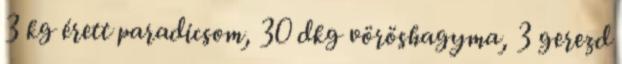
3 kg érett paradicsom, 30 dkg vöröshagyma, 3 gerezd